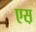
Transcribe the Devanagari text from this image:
एस़